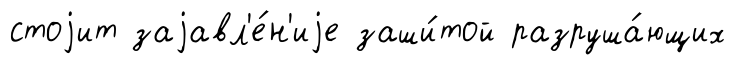
стоjит заjавл'е́н'иjе заши́той разруша́ющих